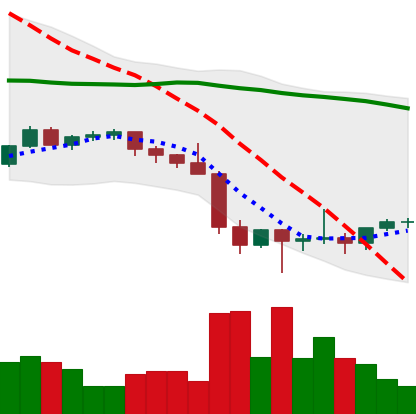
Ticker: ETH-USD
Chart end date: 2022-01-30
Forward return: 14.601%
Label: up_7plus